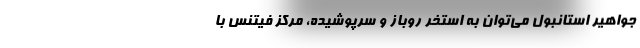
جواهیر استانبول می‌توان به استخر روباز و سرپوشیده، مرکز فیتنس با